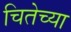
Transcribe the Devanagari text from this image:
चितेच्या